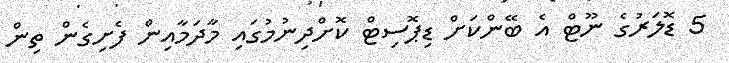
5 ޑޮލަރުގެ ނޫޓް އެ ބޭންކަށް ޑިޕޮސިޓް ކޮށްދިނުމުގައި މާދަމާއިން ފެށިގެން ތިން